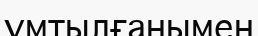
ұмтылғанымен